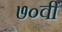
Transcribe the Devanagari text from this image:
७०वीं